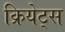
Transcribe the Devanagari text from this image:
क्रियेट्स